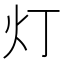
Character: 灯